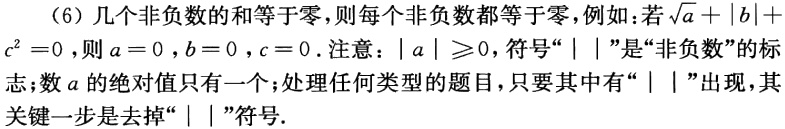
（6）几个非负数的和等于零，则每个非负数都等于零，例如：若\(\sqrt{a}+|b| + c^{2}=0\)，则\(a = 0\)，\(b = 0\)，\(c = 0\). 注意：\(|a|\geqslant0\)，符号“\(|\ |\)”是“非负数”的标志；数\(a\)的绝对值只有一个；处理任何类型的题目，只要其中有“\(|\ |\)”出现，其关键一步是去掉“\(|\ |\)”符号.